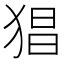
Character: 猖